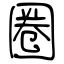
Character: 圈